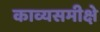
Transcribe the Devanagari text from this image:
काव्यसमीक्षे